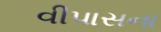
વીપાસના